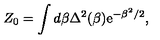
Z _ { 0 } = \int d \beta \Delta ^ { 2 } ( \beta ) \mathrm { e } ^ { - \beta ^ { 2 } / 2 } ,